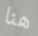
هنا